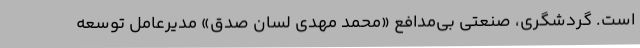
است. گردشگری، صنعتی بی‌مدافع «محمد مهدی لسان صدق» مدیرعامل توسعه